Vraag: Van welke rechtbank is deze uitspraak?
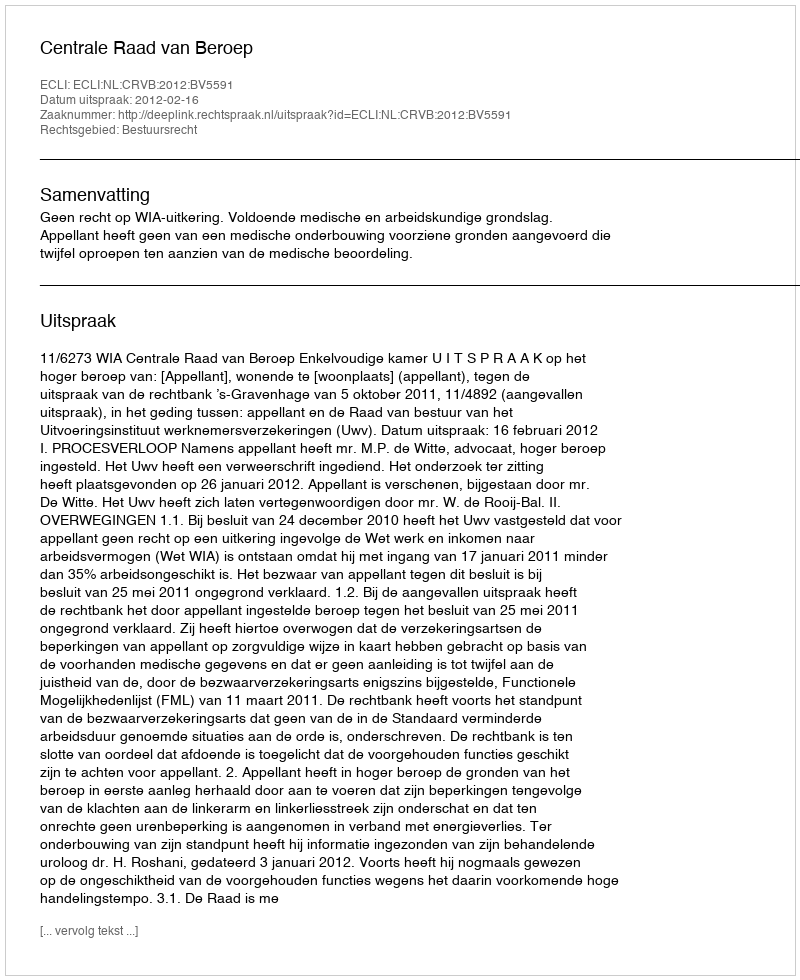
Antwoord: Centrale Raad van Beroep